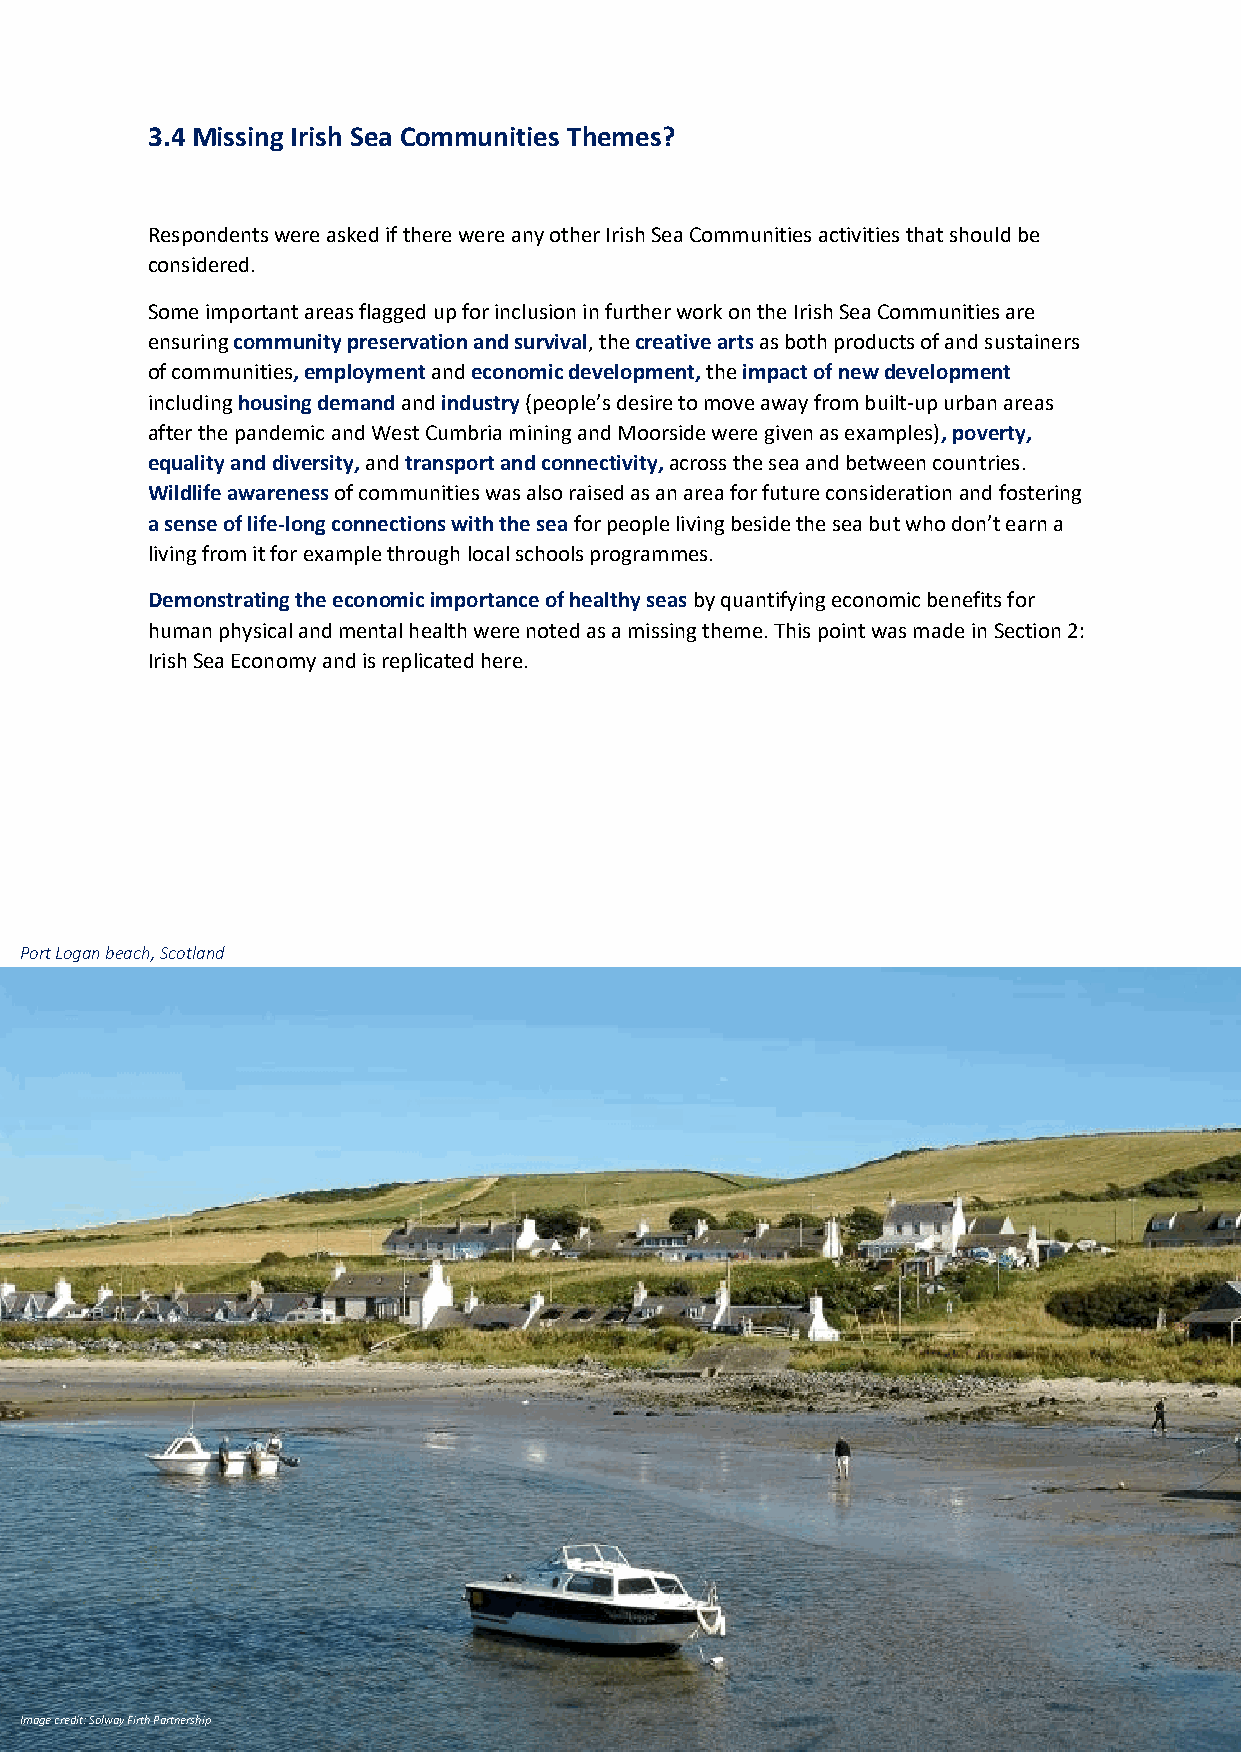
3.4 Missing Irish Sea Communities Themes?
 Respondents were asked if there were any other Irish Sea Communities activities that should be
 considered.
 Some important areas flagged up for inclusion in further work on the Irish Sea Communities are
 ensuring community preservation and survival, the creative arts as both products of and sustainers
 of communities, employment and economic development, the impact of new development
 including housing demand and industry (people’s desire to move away from built-up urban areas
 after the pandemic and West Cumbria mining and Moorside were given as examples), poverty,
 equality and diversity, and transport and connectivity, across the sea and between countries.
 Wildlife awareness of communities was also raised as an area for future consideration and fostering
 a sense of life-long connections with the sea for people living beside the sea but who don’t earn a
 living from it for example through local schools programmes.
 Demonstrating the economic importance of healthy seas by quantifying economic benefits for
 human physical and mental health were noted as a missing theme. This point was made in Section 2:
 Irish Sea Economy and is replicated here.
 Port Logan beach, Scotland
 Image credit: Solway Firth Partnership